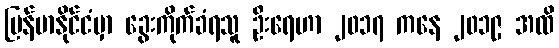
မြန်မာနိုင်ငံမှာ ခွေးကိုက်ခံရသူ ဦးရေဟာ ၂၀၁၇ ကနေ ၂၀၁၉ အထိ